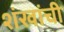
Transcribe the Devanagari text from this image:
शंखांची